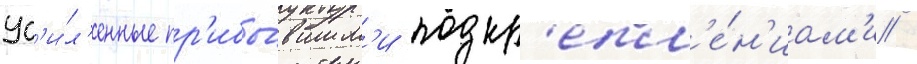
ус'и́л'енные пр'ибы́вшим'и подкр'епл'е́н'иам'и /